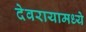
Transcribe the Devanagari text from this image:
देवरायामध्ये